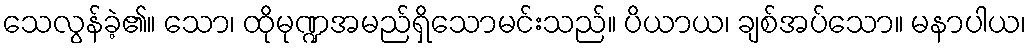
သေလွန်ခဲ့၏။ သော၊ ထိုမုဏ္ဍအမည်ရှိသောမင်းသည်။ ပိယာယ၊ ချစ်အပ်သော။ မနာပါယ၊